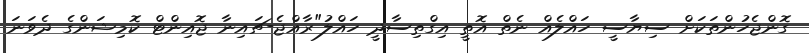
ގޮންޖެހުންތަކަށް ސިޔާސީ ހައްލެއް ނެތް އޮތީ އިގްތިސާދީ ހައްލު"ރާާއްޖެ-ޗައިނާ ޖޮއިންޓް ކޮމިޝަންގެ ދެވަނަ